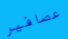
عصافير